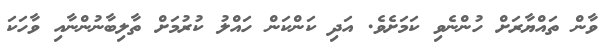
ވާން ތައްޔާރަށް ހުންނެވި ކަމަށެވެ. އަދި ކަންކަން ހައްލު ކުރުމަށް ތާލިބާނުންނާއި ވާހަކަ